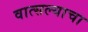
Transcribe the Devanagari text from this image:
वात्सल्याचा